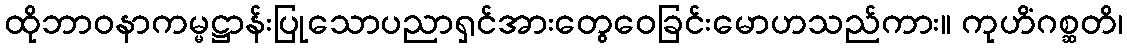
ထိုဘာဝနာကမ္မဋ္ဌာန်းပြုသောပညာရှင်အားတွေဝေခြင်းမောဟသည်ကား။ ကုဟိံဂစ္ဆတိ၊